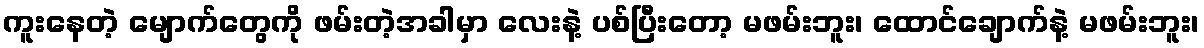
ကူးနေတဲ့ မျောက်တွေကို ဖမ်းတဲ့အခါမှာ လေးနဲ့ ပစ်ပြီးတော့ မဖမ်းဘူး၊ ထောင်ချောက်နဲ့ မဖမ်းဘူး၊